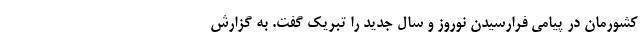
کشورمان در پیامی فرارسیدن نوروز و سال جدید را تبریک گفت. به گزارش